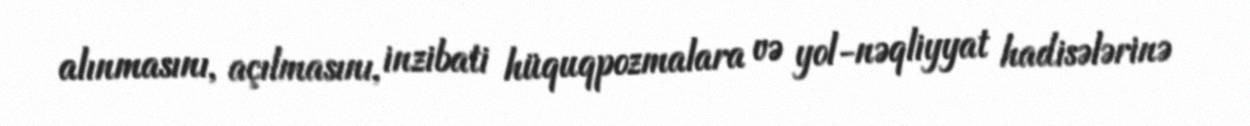
alınmasını, açılmasını, inzibati hüquqpozmalara və yol-nəqliyyat hadisələrinə